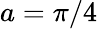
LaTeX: a=\pi/4